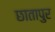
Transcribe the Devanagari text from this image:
छातापुर